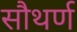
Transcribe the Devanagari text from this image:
सौथर्ण